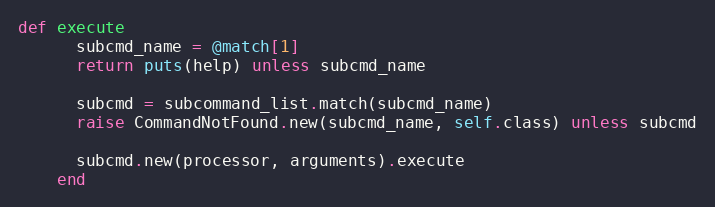
Language: Ruby
def execute
      subcmd_name = @match[1]
      return puts(help) unless subcmd_name

      subcmd = subcommand_list.match(subcmd_name)
      raise CommandNotFound.new(subcmd_name, self.class) unless subcmd

      subcmd.new(processor, arguments).execute
    end